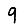
Digit: 9